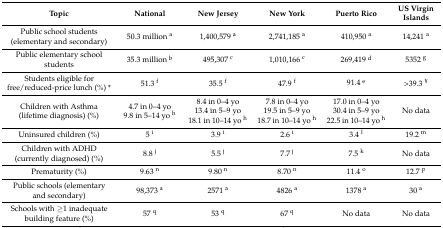
<table><thead><tr><td><b>Topic</b></td><td><b>National</b></td><td><b>New Jersey</b></td><td><b>New York</b></td><td><b>Puerto Rico</b></td><td><b>U.S. Virgin Islands</b></td></tr></thead><tbody><tr><td>Public school students (elementary and secondary)</td><td>50.3 million <sup>a</sup></td><td>1,400,579 <sup>a</sup></td><td>2,741,185 <sup>a</sup></td><td>410,950 <sup>a</sup></td><td>14,241 <sup>a</sup></td></tr><tr><td>Public elementary school students</td><td>35.3 million <sup>b</sup></td><td>495,307 <sup>c</sup></td><td>1,010,166 <sup>c</sup></td><td>269,419 <sup>d</sup></td><td>5352 <sup>g</sup></td></tr><tr><td>Students eligible for free/reduced-price lunch (%) *</td><td>51.3 <sup>f</sup></td><td>35.5 <sup>f</sup></td><td>47.9 <sup>f</sup></td><td>91.4 <sup>e</sup></td><td>&gt;39.3 <sup>¥</sup></td></tr><tr><td>Children with Asthma (lifetime diagnosis) (%)</td><td>4.7 in 0–4yo 9.8 in 5–14 yo <sup>h</sup></td><td>8.4 in 0–4 yo13.4 in 5–9 yo18.1 in 10–14 yo <sup>h</sup></td><td>7.8 in 0–4 yo19.5 in 5–9 yo18.7 in 10–14 yo <sup>h</sup></td><td>17.0 in 0–4 yo30.4 in 5–9 yo22.5 in 10–14 yo <sup>h</sup></td><td>No data</td></tr><tr><td>Uninsured children (%)</td><td>5 <sup>i</sup></td><td>3.9 <sup>i</sup></td><td>2.6 <sup>i</sup></td><td>3.4 <sup>l</sup></td><td>19.2 <sup>m</sup></td></tr><tr><td>Children with ADHD (currently diagnosed) (%)</td><td>8.8 <sup>j</sup></td><td>5.5 <sup>j</sup></td><td>7.7 <sup>j</sup></td><td>7.5 <sup>k</sup></td><td>No data</td></tr><tr><td>Prematurity (%)</td><td>9.63 <sup>n</sup></td><td>9.80 <sup>n</sup></td><td>8.70 <sup>n</sup></td><td>11.4 <sup>o</sup></td><td>12.7 <sup>p</sup></td></tr><tr><td>Public schools (elementary and secondary)</td><td>98,373 <sup>a</sup></td><td>2571 <sup>a</sup></td><td>4826 <sup>a</sup></td><td>1378 <sup>a</sup></td><td>30 <sup>a</sup></td></tr><tr><td>Schools with ≥1 inadequate building feature (%)</td><td>57 <sup>q</sup></td><td>53 <sup>q</sup></td><td>67 <sup>q</sup></td><td>No data</td><td>No data</td></tr></tbody></table>